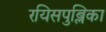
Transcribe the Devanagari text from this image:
रयिसपुब्लिका